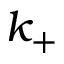
k _ { + }